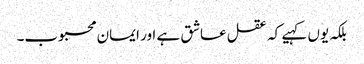
بلکہ یوں کہیے کہ عقل عاشق ہے اور ایمان محبوب۔